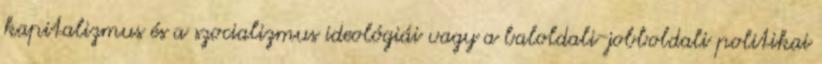
kapitalizmus és a szocializmus ideológiái vagy a baloldali-jobboldali politikai